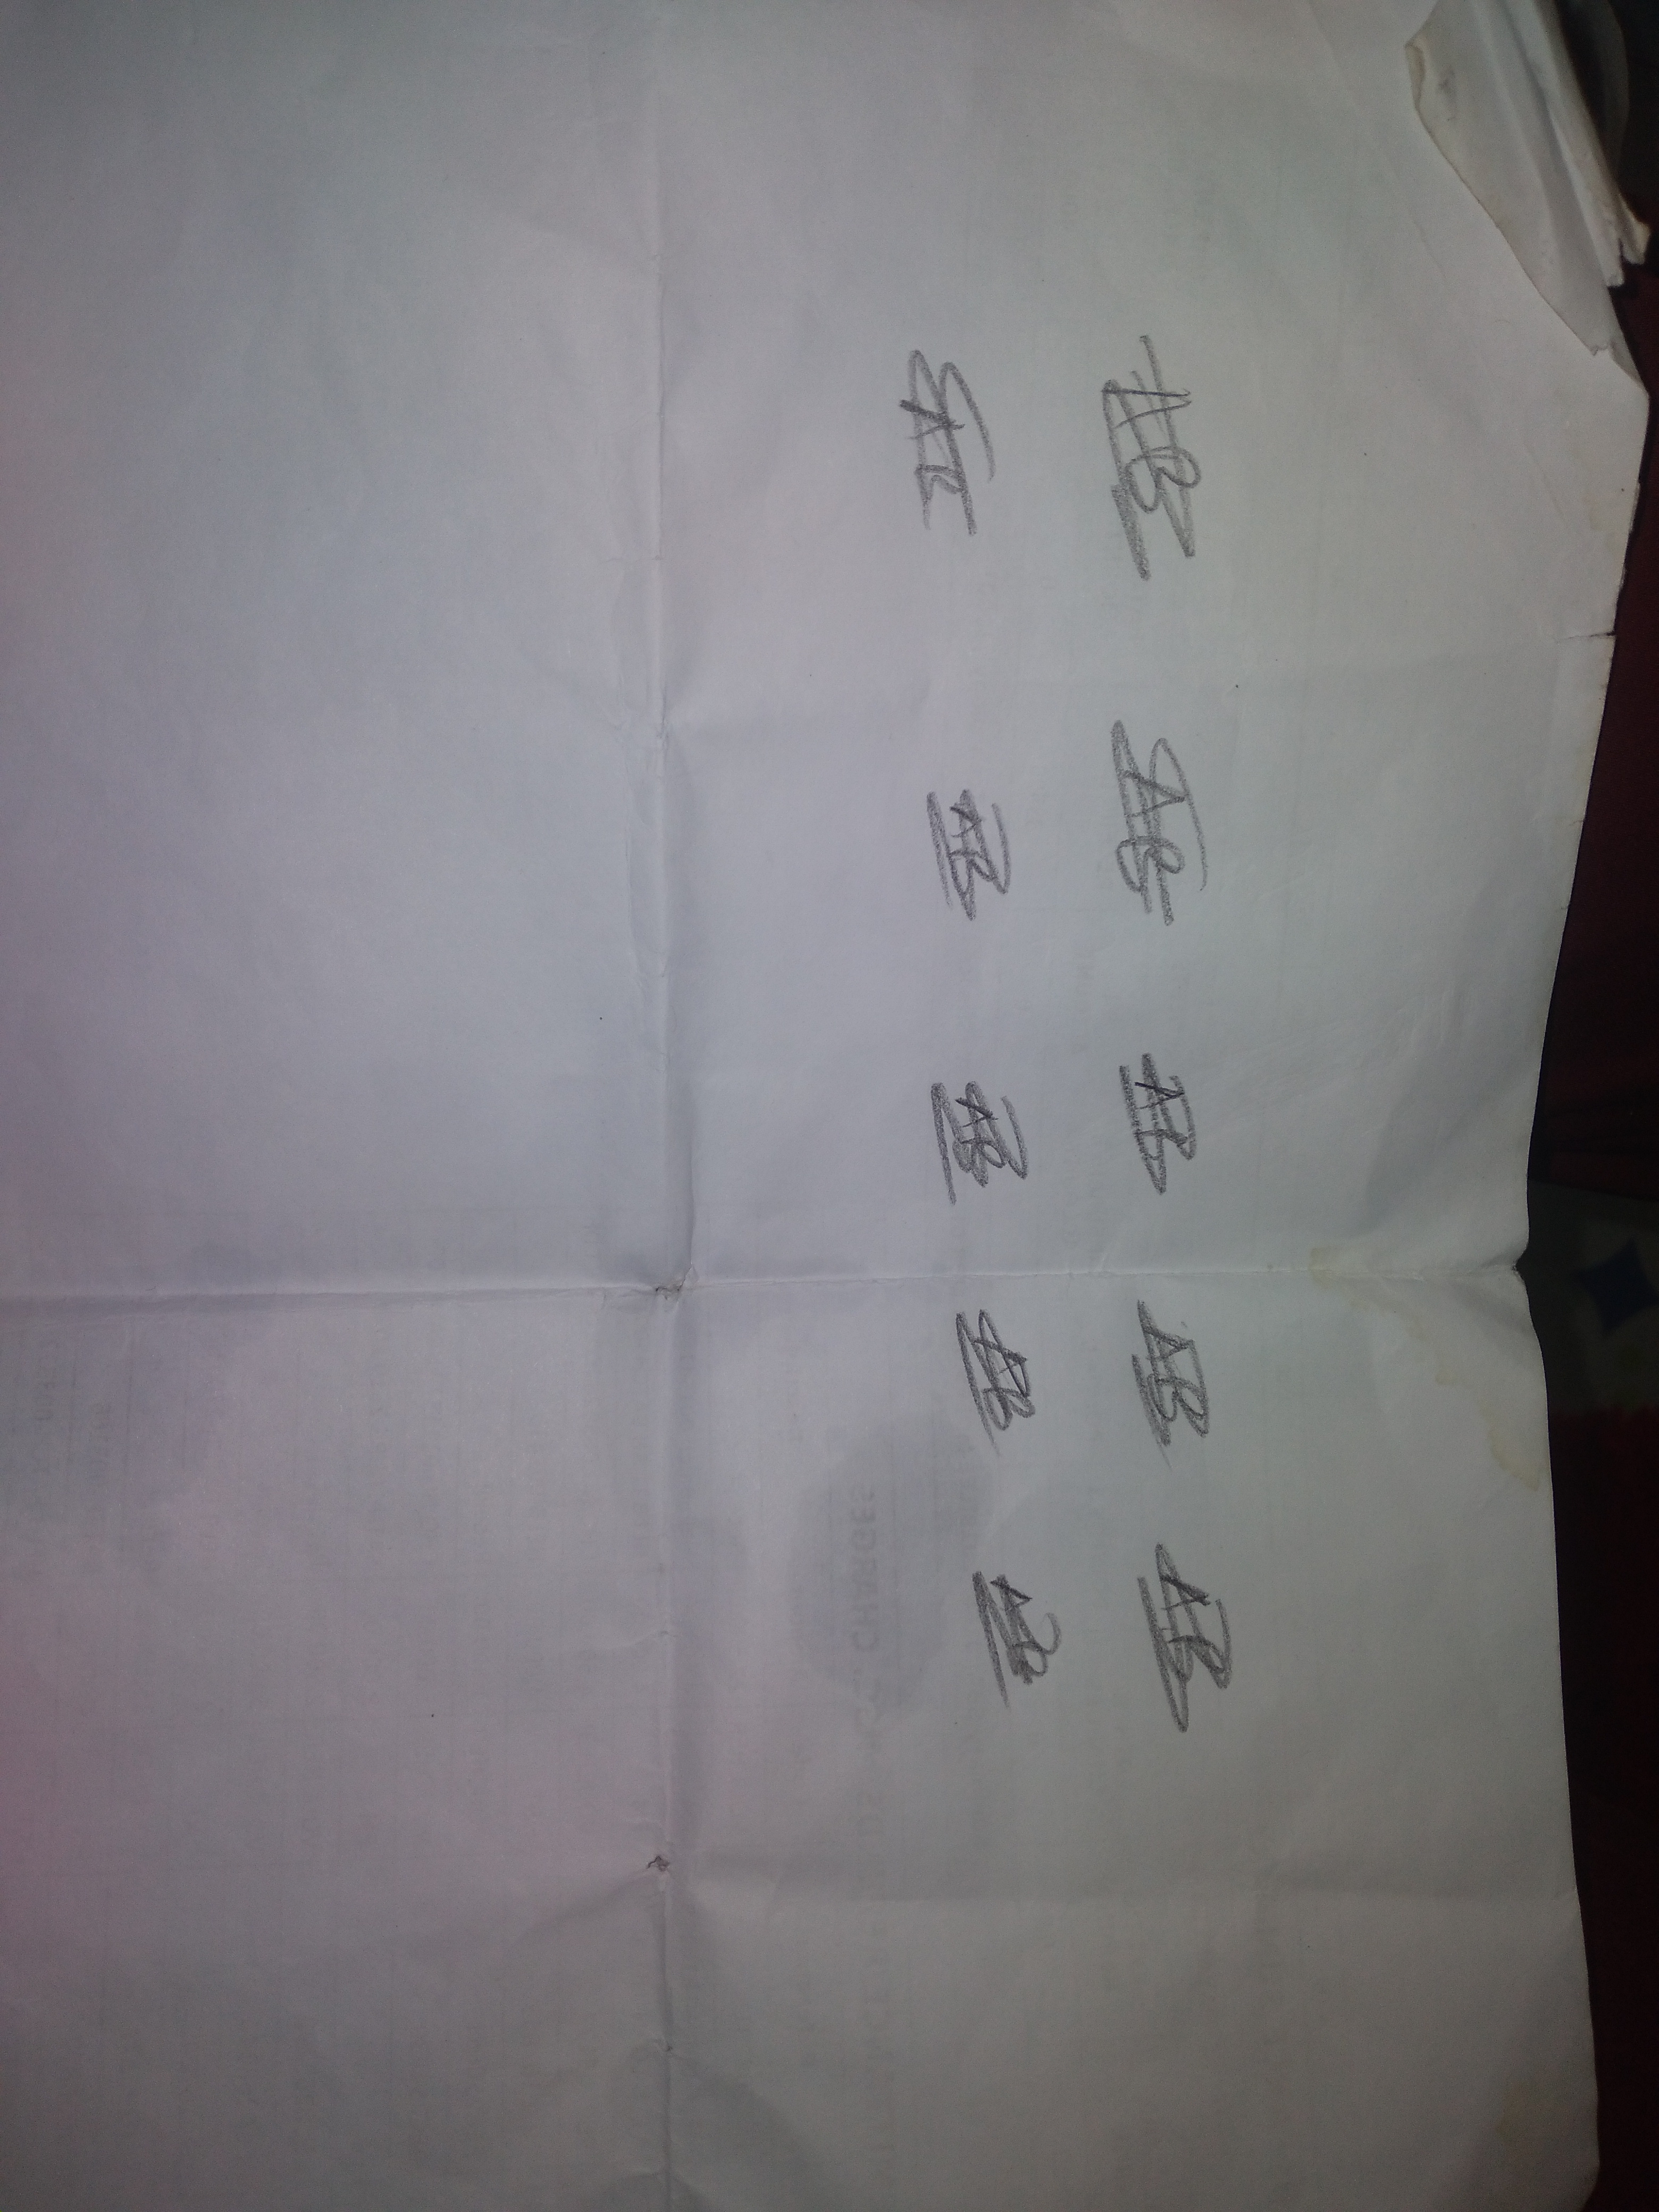
Signature authenticity: genuine